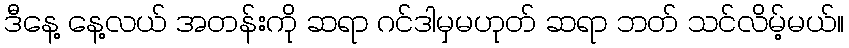
ဒီနေ့ နေ့လယ် အတန်းကို ဆရာ ဂင်ဒါမှမဟုတ် ဆရာ ဘတ် သင်လိမ့်မယ်။